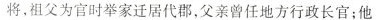
将，祖父为官时举家迁居代郡，父亲曾任地方行政长官；他